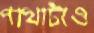
পাখাটাও